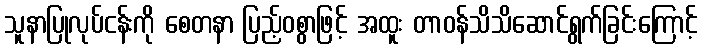
သူနာပြုလုပ်ငန်းကို စေတနာ ပြည့်ဝစွာဖြင့် အထူး တာဝန်သိသိဆောင်ရွက်ခြင်းကြောင့်